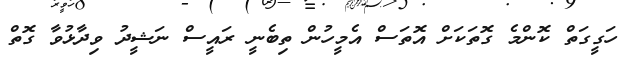
ހަގީގަތް ކޮންމެ ގޮތަކަށް އޮތަސް އެމީހުން ތިބެނީ ރައީސް ނަޝީދު ވިދާޅުވާ ގޮތް